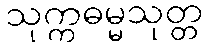
သုက္ကဓမ္မသုတ္တ